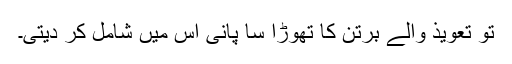
تو تعویذ والے برتن کا تھوڑا سا پانی اس میں شامل کر دیتی۔